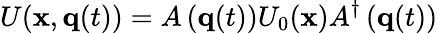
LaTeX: U({\mathbf x},{\mathbf q}(t))=A\left({\mathbf q}(t)\right)U_{0}({\mathbf x})A^{\dagger}\left({\mathbf q}(t)\right)